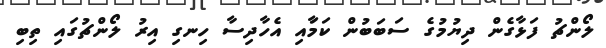
ލޯންޗު ފަޅާގެން ދިޔުމުގެ ސަބަބުން ކަމަާއި އެހާދިސާ ހިނގި އިރު ލޯންޗުގައި ތިބި